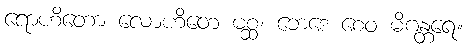
ရောဟိတော လောဟိတေ မစ္ဆ၊ ဘေဒေ စေဝ မိဂန္တရေ။